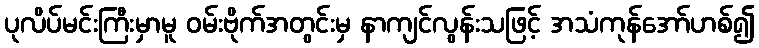
ပုလိပ်မင်းကြီးမှာမူ ဝမ်းဗိုက်အတွင်းမှ နာကျင်လွန်းသဖြင့် အသံကုန်အော်ဟစ်၍